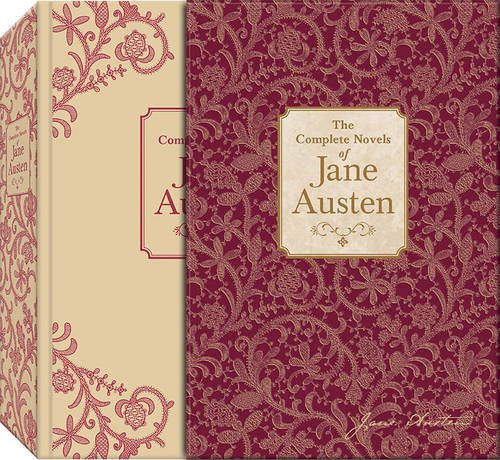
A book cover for The Complete Novels of Jane Austen (Knickerbocker Classics); Jane Austen; Romance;